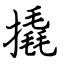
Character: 撬